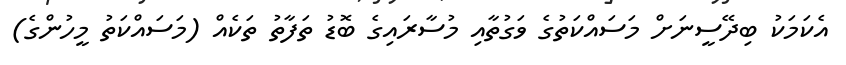
އެކަމަކު ބިދޭސީނަށް މަސައްކަތުގެ ވަގުތާއި މުސާރައިގެ ބޮޑު ތަފާތު ތަކެއް (މަސައްކަތު މީހުންގެ)